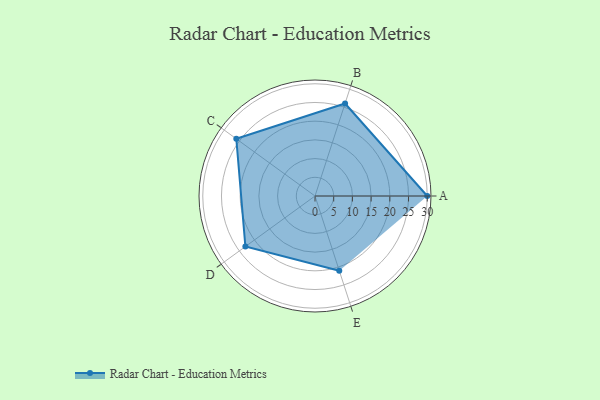
{"axis": {"x": "Skill", "y": "Score"}, "legend": ["Profile"], "data": [{"x": "A", "y": 30.0, "type": "Profile"}, {"x": "B", "y": 26.0, "type": "Profile"}, {"x": "C", "y": 26.0, "type": "Profile"}, {"x": "D", "y": 23.0, "type": "Profile"}, {"x": "E", "y": 21.0, "type": "Profile"}]}